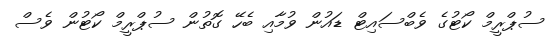
ސުޕްރީމް ކޯޓުގެ ވެބްސައިޓް ޑައުން ވުމާއި ބެހޭ ގޮތުން ސުޕްރީމް ކޯޓުން ވެސް